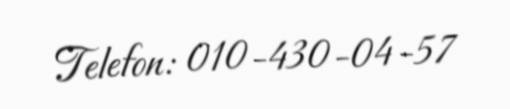
Telefon: 010-430-04-57